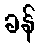
ခန်